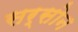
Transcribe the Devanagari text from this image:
सर्सोन